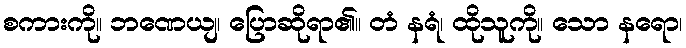
စကားကို။ ဘဏေယျ၊ ပြောဆိုရာ၏။ တံ နရံ၊ ထိုသူကို။ သော နရော၊